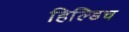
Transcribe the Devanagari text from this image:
हिल्डिच